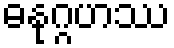
ဓနုဂ္ဂဟဿ